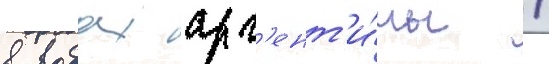
в водах арг'ент'и́ны /